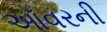
ઑવરની